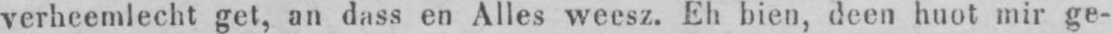
verheemleeht get, an dass en Alles weesz. Eh bien, deen huot mir ge-